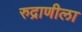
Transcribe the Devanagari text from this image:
रुद्राणीला